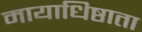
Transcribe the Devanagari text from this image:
मायाधिष्ठाता